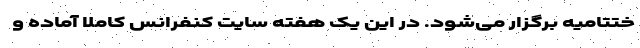
ختتامیه برگزار می‌شود. در این یک هفته سایت کنفرانس کاملا آماده و